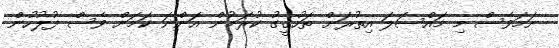
ނަމަވެސް މި މައްސަލަ އިތުރަށް ތަހުގީގު ކުރަމުން އަންނަ ކަމަށް ވެސް ފުލުހުން